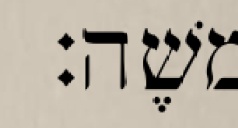
משֶׁה׃